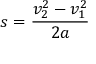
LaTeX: s = { \frac { v _ { 2 } ^ { 2 } - v _ { 1 } ^ { 2 } } { 2 a } }